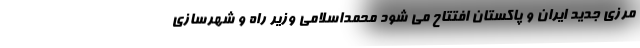
مرزی جدید ایران و پاکستان افتتاح می شود محمداسلامی وزیر راه ‌و شهرسازی